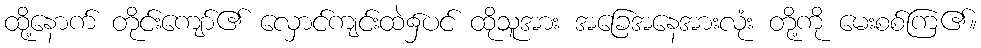
ထို့နောက် တိုင်းကျော်၏ လှောင်ကျင်းထဲ၌ပင် ထိုသူအား အခြေအနေအားလုံး တို့ကို မေးစစ်ကြ၏။